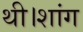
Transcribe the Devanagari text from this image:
थी।शांग